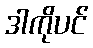
ဒါကိုပင်